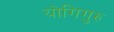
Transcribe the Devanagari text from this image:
योगिगुरु